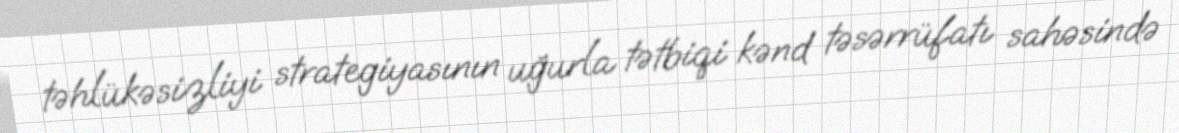
təhlükəsizliyi strategiyasının uğurla tətbiqi kənd təsərrüfatı sahəsində